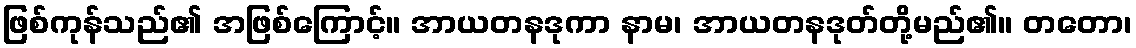
ဖြစ်ကုန်သည်၏ အဖြစ်ကြောင့်။ အာယတနဒုကာ နာမ၊ အာယတနဒုတ်တို့မည်၏။ တတော၊